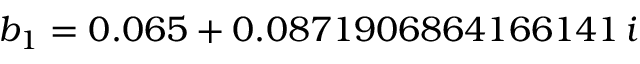
b _ { 1 } = 0 . 0 6 5 + 0 . 0 8 7 1 9 0 6 8 6 4 1 6 6 1 4 1 \, i